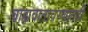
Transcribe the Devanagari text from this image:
बाह्यवातावरणातही